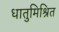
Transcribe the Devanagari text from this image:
धातुमिश्रित